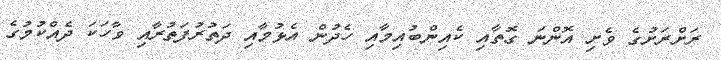
ރަށްރަށުގެ ވެށި އޮންނަ ގޮތާއި ކެއިންބުއިމާއި ހެދުން އެޅުމާއި ދަތުރުފަތުރާއި ވާހަކަ ދެއްކުމުގެ